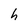
Character: h